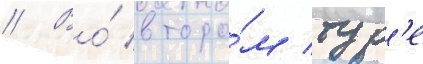
// Во́ второ́м тур'е